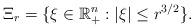
LaTeX: \begin{align*}\Xi_r=\{\xi\in\mathbb{R}^n_+:|\xi|\leq r^{3/2}\}.\end{align*}